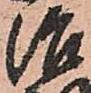
治